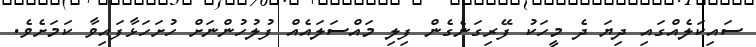
ސައިކަލެއްގައި ދިޔަ ދެ މީހަކު ފޭރިގަނެގެން ފިލި މައްސަލައެއް ފުލުހުންނަށް ހުށަހަޅާފައިވާ ކަމަށެވެ.